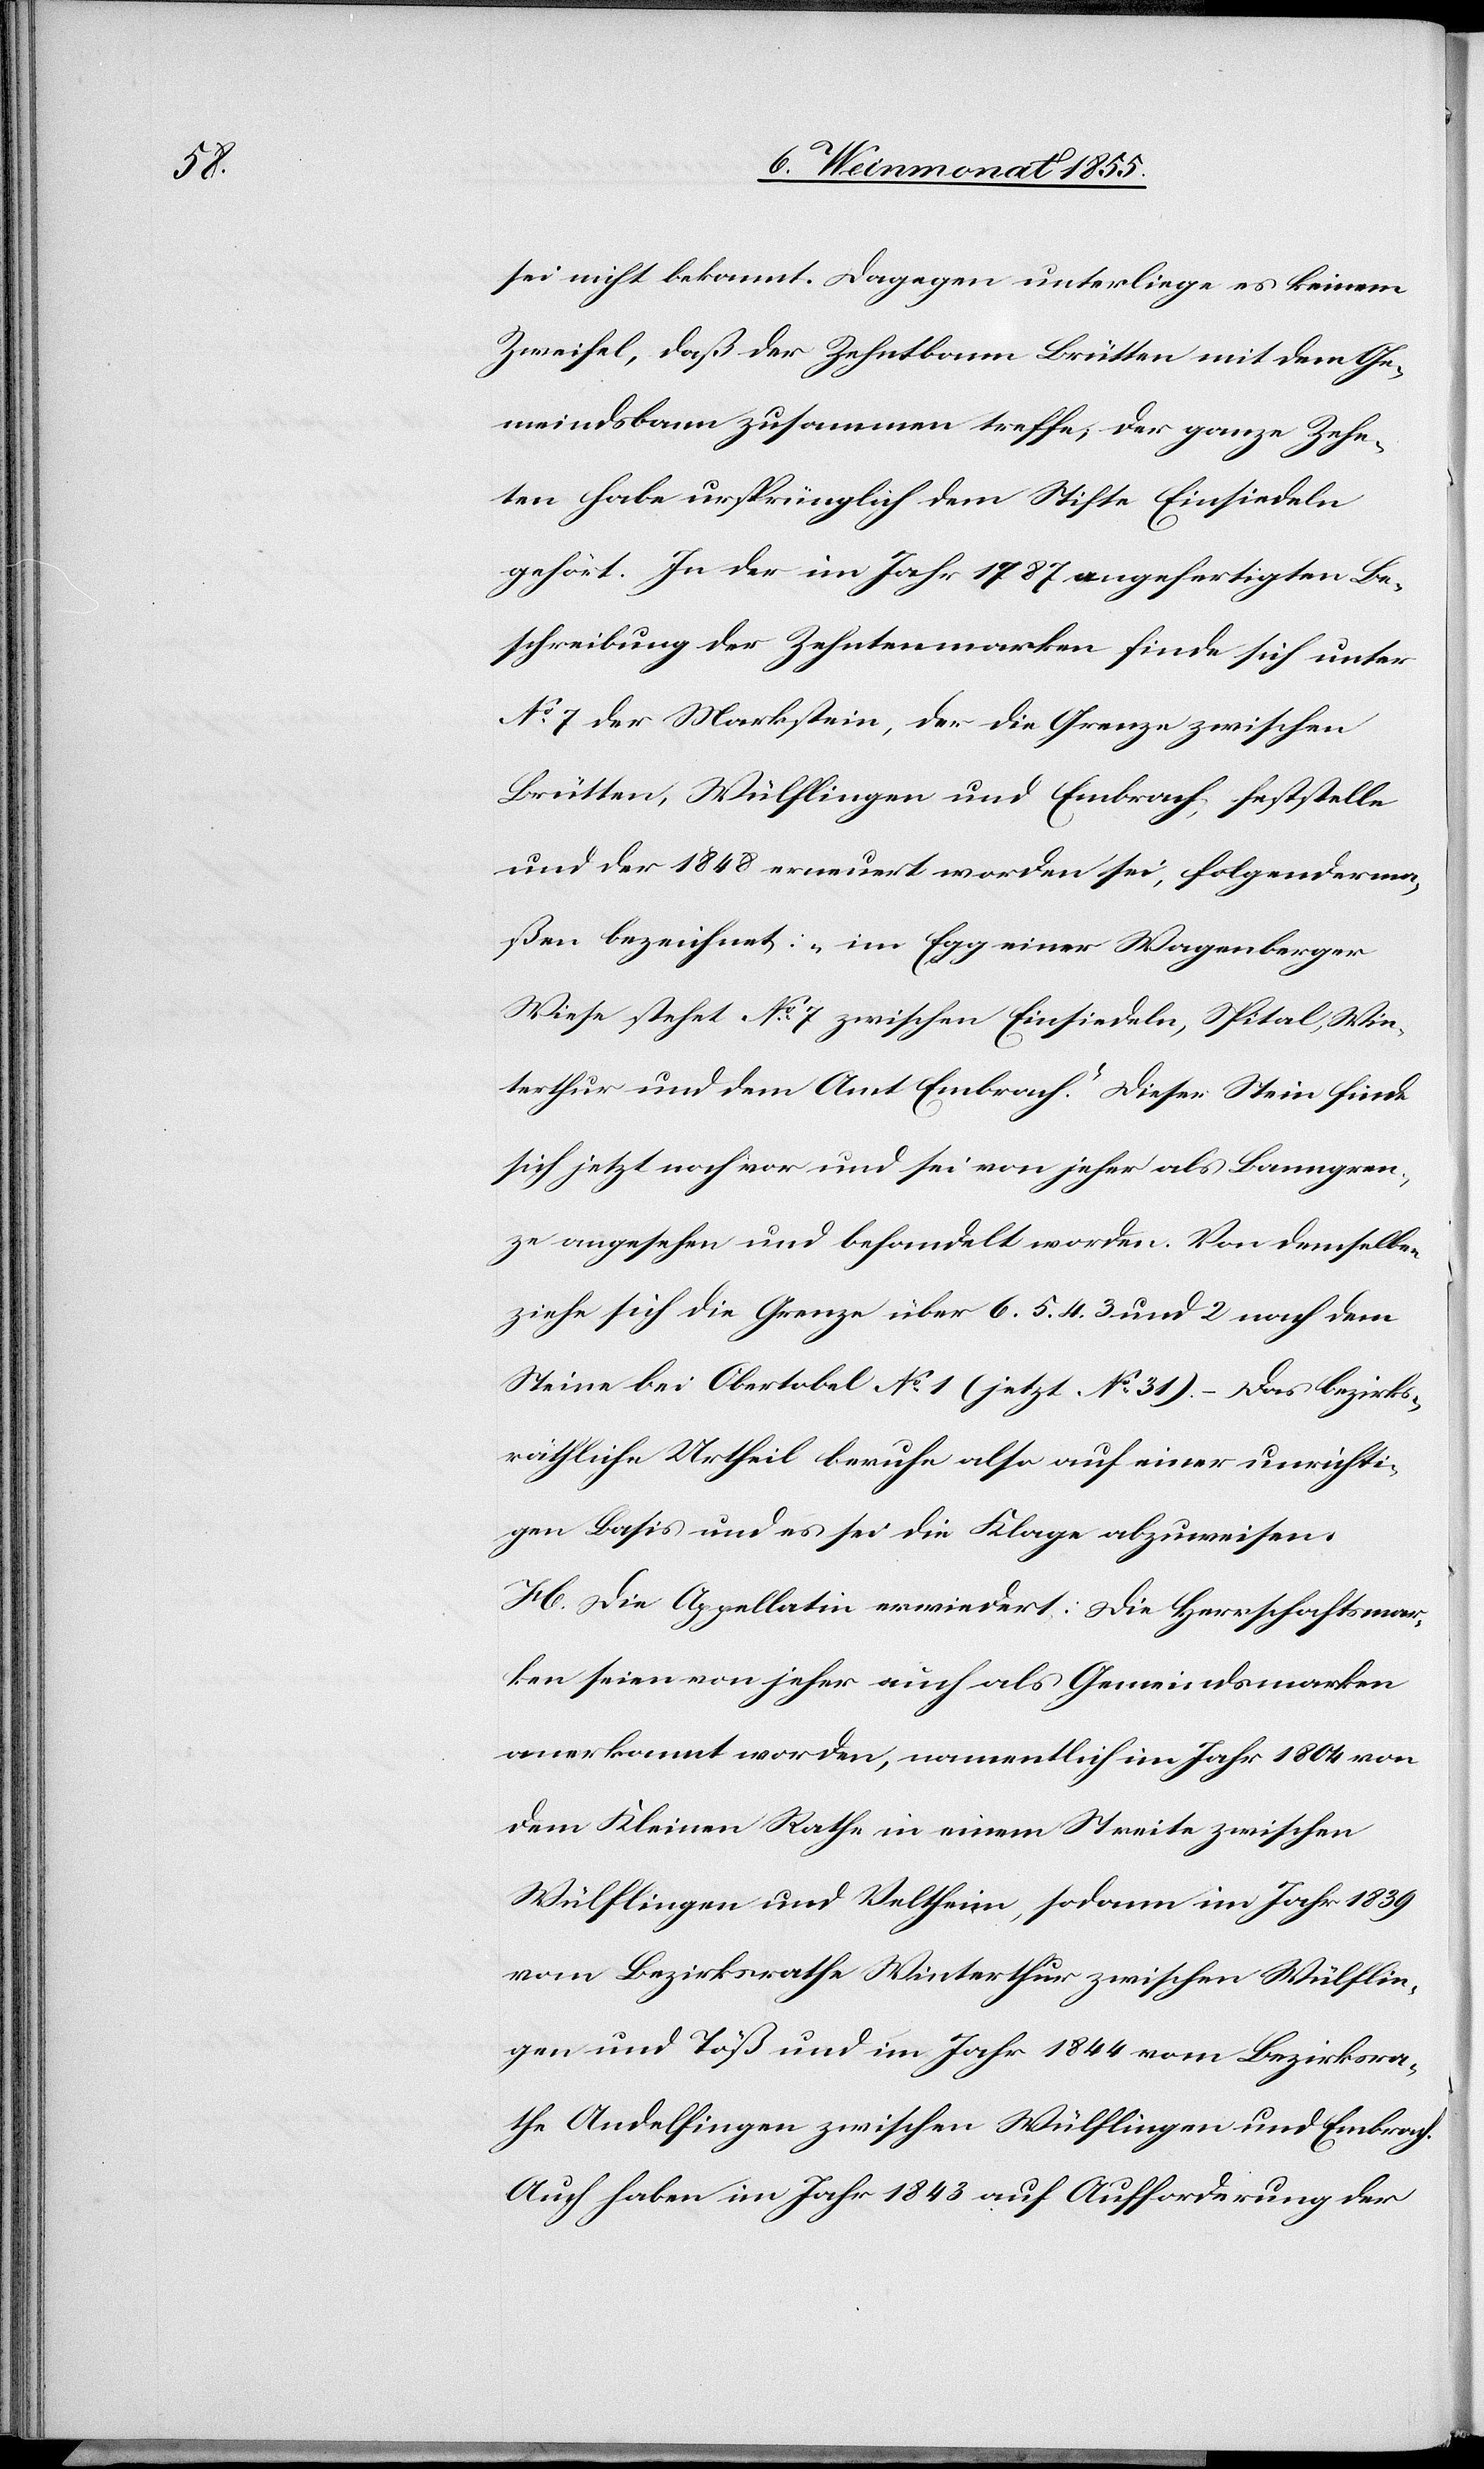
sei nicht bekannt. Dagegen unterliege es keinem
Zweifel, daß der Zehntbann Brütten mit dem Ge¬
meindsbann zusammen treffe, der ganze Zehn¬
ten habe ursprünglich dem Stifte Einsiedeln
gehört. In der im Jahr 1787 angefertigten Be¬
schreibung der Zehntenmarken finde sich unter
No 7 der Markstein, der die Grenze zwischen
Brütten, Wülflingen und Embrach feststelle
und der 1848 erneuert worden sei, folgenderma¬
ßen bezeichnet: „im Egg einer Wagenberger
Wiese stehet No 7 zwischen Einsiedeln, Spital, Win¬
terthur und dem Amt Embrach.“ Dieser Stein finde
sich jetzt noch vor und sei von jeher als Banngren¬
ze angesehen und behandelt worden. Von demselben
ziehe sich die Grenze über 6. 5. 4. 3 und 2 nach dem
Steine bei Obertobel No 1 (jetzt No 31). – Das bezirks¬
räthliche Urtheil beruhe also auf einer unrichti¬
gen Basis und es sei die Klage abzuweisen.
H. Die Appellatin erwiedert: Die Herrschaftsmar¬
ken seien von jeher auch als Gemeindsmarken
anerkannt worden, namentlich im Jahr 1804 von
dem Kleinen Rathe in einem Streite zwischen
Wülflingen und Veltheim, sodann im Jahr 1839
vom Bezirksrathe Winterthur zwischen Wülflin¬
gen und Töß und im Jahr 1844 vom Bezirksra¬
the Andelfingen zwischen Wülflingen und Embrach.
Auch haben im Jahr 1843 auf Aufforderung der